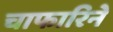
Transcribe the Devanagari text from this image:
चाफारिने